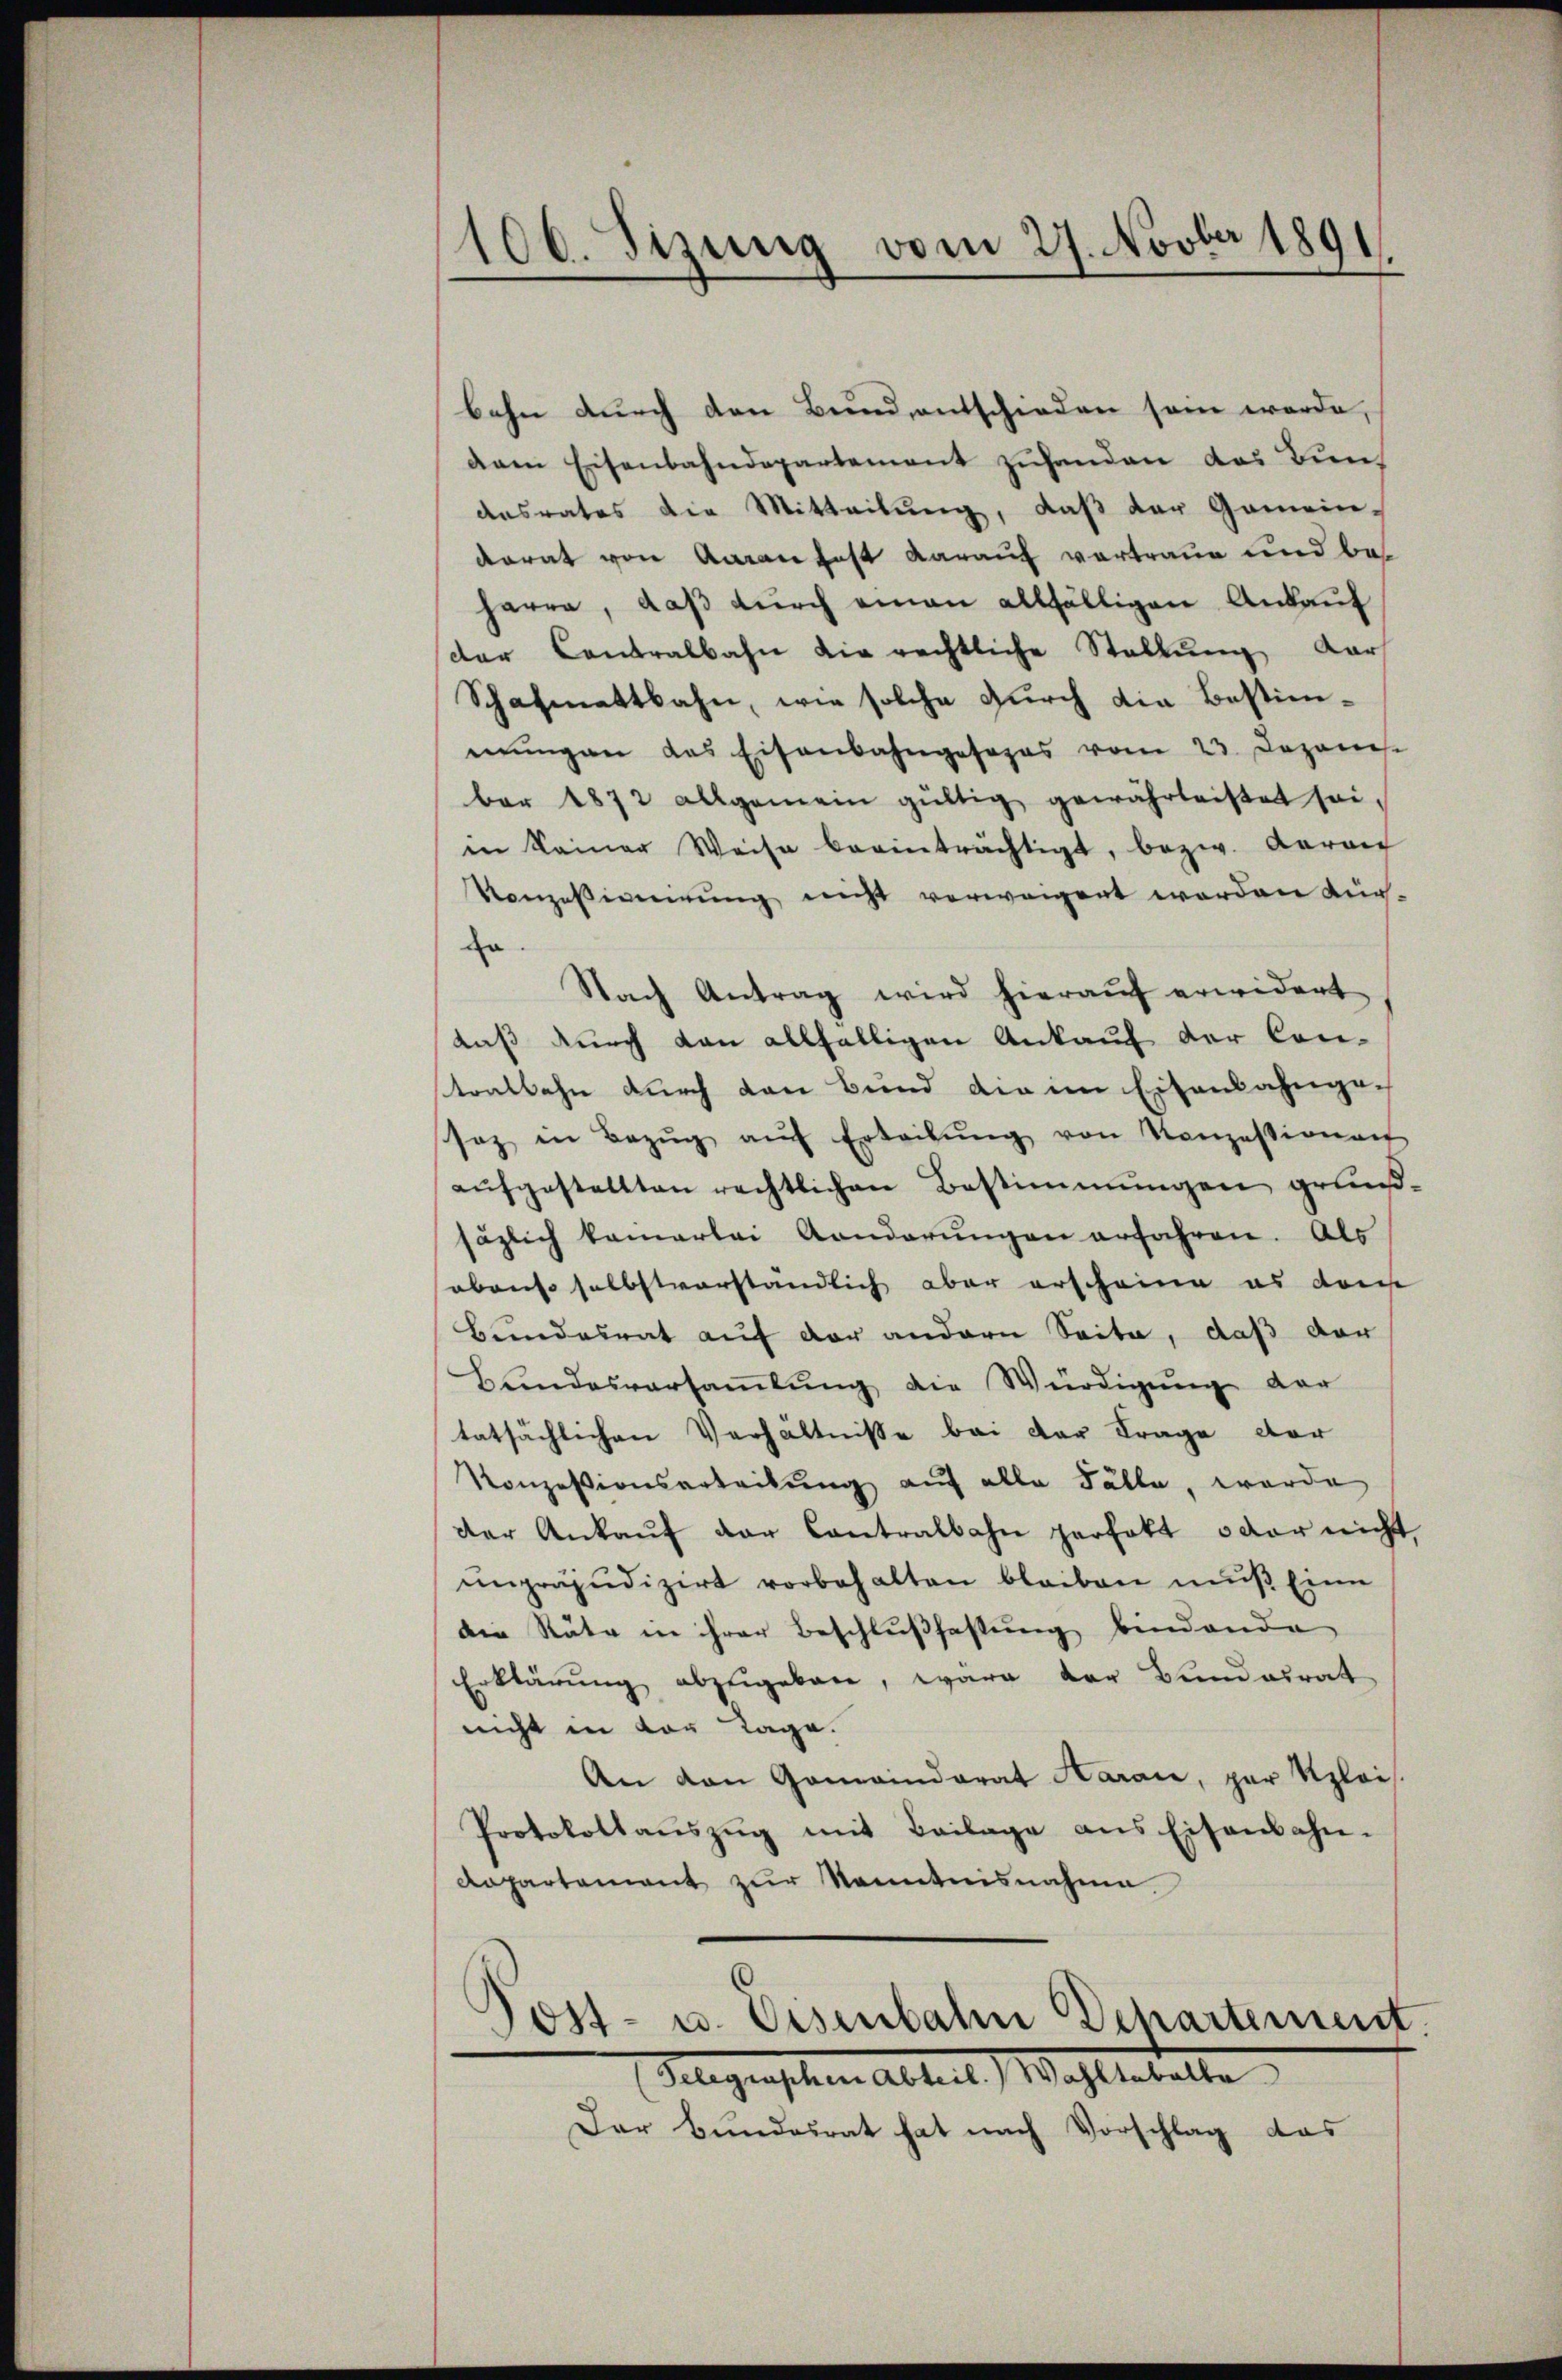
106. Sizung vom 27. Novber 1891

bahn durch den Bund, entschieden sein werde,
dam Eisenbahndepartement zuhanden das Bun¬
Aasrates die Mitteilung, daß der Gemein-
dorat von Aaran fast darauf vortraue und beharre, daß durch einen allfälligen Ankauf
der Contralbahn die rechtliche Stellŭng dar
Schafmattbahn, wie solche durch die Bestimnŭngen das Eisenbahngesages vom 23. Deponis.
ber 1872 allgemein gültig gewährleistet seiin keiner Weise beeinträchtigt, bezw. Baron
Konzessionirung nicht verweigent worden kür-
zo
Nach Antrag wird hierauf erwidert
daß durch dan allfälligen Ankauf der Contralbahn durch den Bund die im Eisenbahngesaz in Bezŭg aŭf Erteilŭng von Konzessionen
aŭfgestellten rechtlichen Bestimmungen grund-
säzlich kamerlei Anderŭngen erfahren. Als
abenso selbstverständlich aber erscheine es dans
Bundesrat auf der andern Seite, daß der
Bundesversaṁlŭng die Würdigung der
tatsächlichen Verhältnisse bei der Frage der
Konzessionsarteilŭng auf alle Fälle, worde
der Ankaŭf der Contralbahn perfekt oder nicht,
unpräjudizirt vorbehalten bleiben mŭβ Eine
die Räte in ihrer Beschlußfastung bindende
Erklärŭng abzugeben, wäre der Bundesrat
nicht in vor Tage.
An den Gemeinderat Karaić, par Klais
Protokollaŭszŭg mit Beilage ans Eisenbahn-
Aapartement zur Kenntnisnahme.
Post- u. Eisenbahn Departement
Gegenschen Alter Wahlestelle
Dar Bundesrat hat nach Vorschlag das